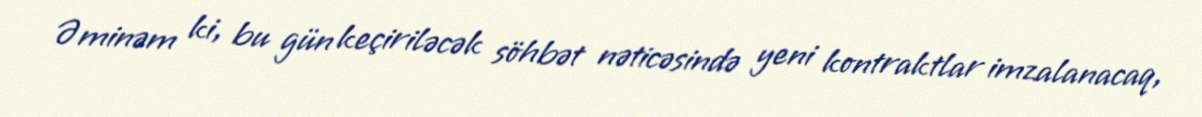
Əminəm ki, bu gün keçiriləcək söhbət nəticəsində yeni kontraktlar imzalanacaq,